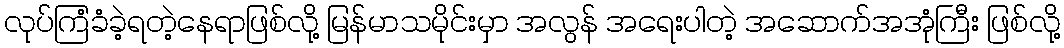
လုပ်ကြံခံခဲ့ရတဲ့နေရာဖြစ်လို့ မြန်မာသမိုင်းမှာ အလွန် အရေးပါတဲ့ အဆောက်အအုံကြီး ဖြစ်လို့